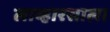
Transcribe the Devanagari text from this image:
लाव्हारसाला